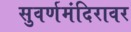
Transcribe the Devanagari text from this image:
सुवर्णमंदिरावर